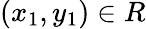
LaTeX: (x_{1},y_{1})\in R